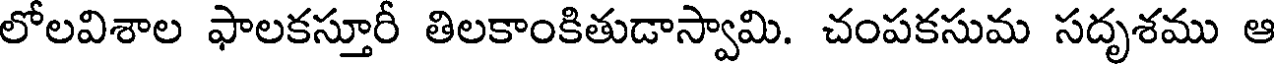
లోలవిశాల ఫాలకస్తూరీ తిలకాంకితుడాస్వామి. చంపకసుమ సదృశము ఆ